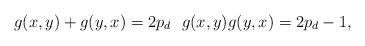
LaTeX: \begin{align*}g(x,y)+g(y,x)=2p_d \ \ g(x,y)g(y,x)=2p_d-1, \end{align*}